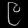
Digit: ၉